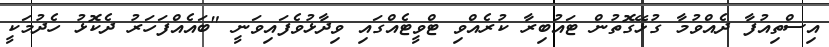
އިސްތިއުފާ ދެއްވުމާ ގުޅޭގޮތުން ޓައުބިރާ ކުރެއްވި ޓްވީޓެއްގައި ވިދާޅުވެފައިވަނީ "ބައެއްފަހަރު ދެކޮޅު ހެދުމަކީ